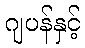
ဂျပန်နှင့်